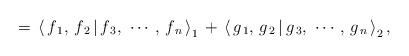
LaTeX: \begin{align*} \,=\, \left<\,f_{\,1},\, f_{\,2} \,|\, f_{\,3},\, \,\cdots,\, f_{\,n}\,\right>_{1} \,+\, \left<\,g_{\,1},\, g_{\,2} \,|\, g_{\,3},\, \,\cdots,\, g_{\,n}\,\right>_{2},\end{align*}